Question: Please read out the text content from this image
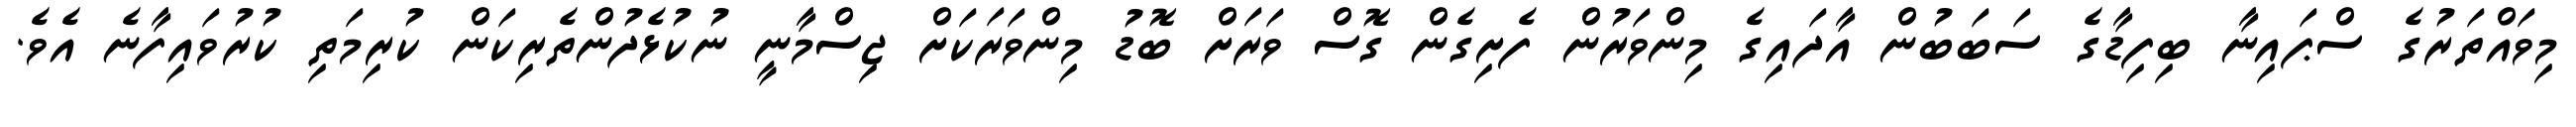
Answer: މިވައްތަރުގެ ސްޕައިނާ ބިފިޑާގެ ސަބަބުން އާދައިގެ މިންވަރުން ފެށިގެން ގޮސް ވަރަށް ބޮޑު މިންވަރަކަށް ޖިސްމާނީ ނުކުޅެދުންތެރިކަން ކުރިމަތި ކުރުވައިފާނެ އެވެ.